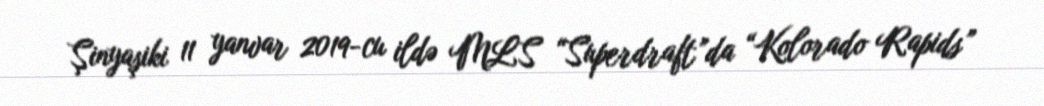
Şinyaşiki 11 yanvar 2019-cu ildə MLS “Superdraft”da “Kolorado Rapids”